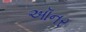
ઑનર